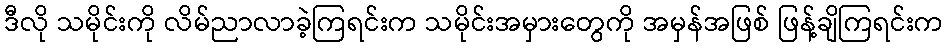
ဒီလို သမိုင်းကို လိမ်ညာလာခဲ့ကြရင်းက သမိုင်းအမှားတွေကို အမှန်အဖြစ် ဖြန့်ချိကြရင်းက